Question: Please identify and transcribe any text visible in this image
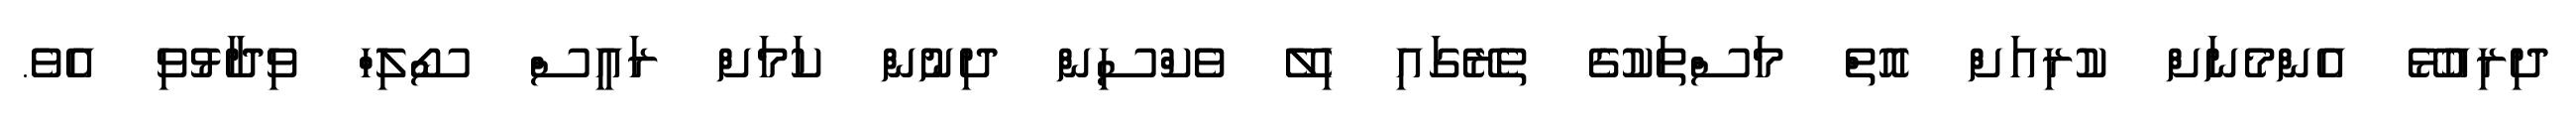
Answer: ދިރިއުޅޭ އެންމެނަށް ކުރިއަށް އޮތް މަސްތަކުގެ ތެރޭގައި ހިލޭ ވެކްސިން ދިނުން ކަމަށް ރައީސް ސޯލިހް ވިދާޅުވި އެވެ.